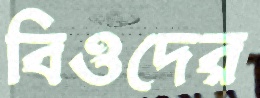
বিওদের